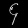
Digit: ၄